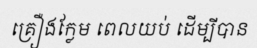
គ្រឿងក្លែម ពេលយប់ ដើម្បីបាន